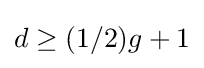
d\geq (1/2)g+1